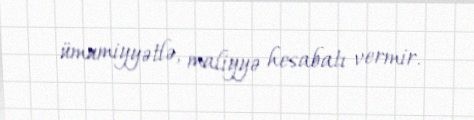
ümumiyyətlə, maliyyə hesabatı vermir.